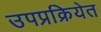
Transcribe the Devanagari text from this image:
उपप्रक्रियेत